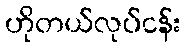
ဟိုတယ်လုပ်ငန်း